Vaccine operations Central Provinces 1868-1885 - 1868-1885
Year: 1868
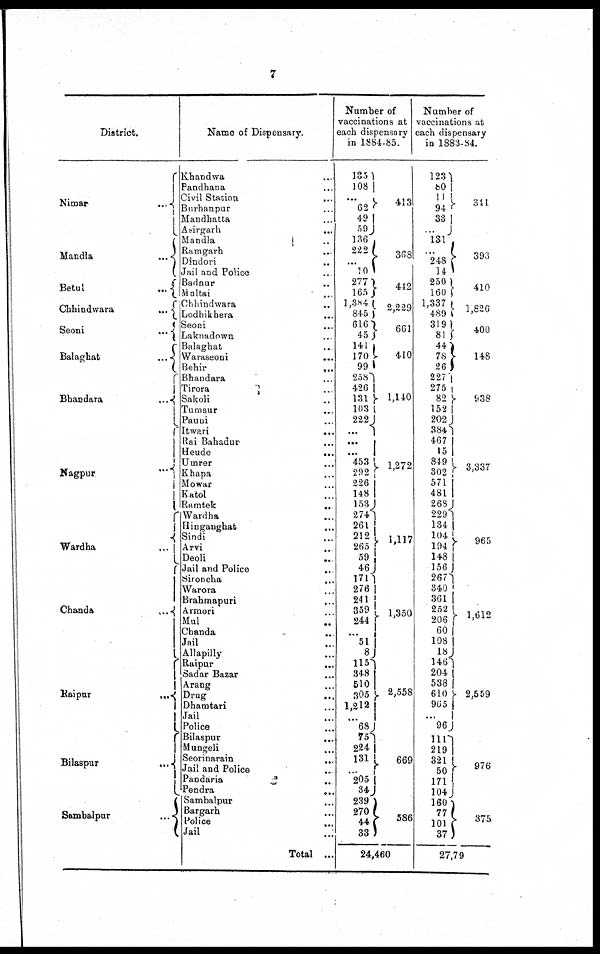
7
District.
Nimar
...
Mandla
...
Betul
...
Chhindwara
...
Seoni
...
Balaghat
...
Bhandara
...
Nagpur
...
Wardha
...
Chanda
...
Raipur
...
Bilaspur
...
Sambalpur
...
Name of Dispensary.
Khandwa ...
Pandhana ...
Civil Station ...
Burhanpur ...
Mandhatta ...
Asirgarh ...
Mandla ...
Ramgarh ...
Dindori ...
Jail and Police ...
Badnur ...
Multai
...
Chhindwara ...
Lodhikhera
...
Seoni ...
Laknadown ...
Balaghat ...
Waraseoni
...
Behir
...
Bhandara ...
Tirora ...
Sakoli ...
Tumsur ...
Pauni ...
Itwari
...
Rai Bahadur ...
Heude
...
Umrer ...
Khapa
...
Mowar ...
Katol ...
Ramtek
...
Wardha
...
Hinganghat
...
Sindi ...
Arvi ...
Deoli
...
Jail and Police ...
Sironcha
...
Warora ...
Brahmapuri
...
Armori ...
Mul ...
Chanda ...
Jail
...
Allapilly ...
Raipur
...
Sadar Bazar ...
Arang ...
Drug
...
Dhamtari ...
Jail ...
Police ...
Bilaspur
...
Mungeli ...
Seorinarain
...
Jail and Police ...
Pandaria
...
Pendra
...
Sambalpur ...
Bargarh ...
Police
...
Jail ...
Total ..
Number of
vaccinations at
each dispensary
in 1884-85.
135
108
...
62
49
59
136
222
... 10
277
165
1,384
845
616
45
141
170
99
258
426
131
103
222
...
...
...
453
292
226
148
153
274
261
212
265
59
46
171
276
241
359
244
...
51
8
115
348
510
305
1,212
...
68
75
224
131
...
205
34
239
270
44
33
413
368
412
2,229
661
410
1,140
1,272
1,117
1,350
2,558
669
586
24,460
Number of
vaccinations at
each dispensary
in 1883-84.
123
80
11
94
33
...
131
...
248 14
250
160
1,337
489
3191
81
44
78
26
227
275
82
152
202
384
467
15
849
802
571
481
268
229
134
104
194
148
156
267
340
361
252
206
60
108
18
146
204
538
610
965
...
96
111
219
321
50
171
104
160
77
101
37
311
393
410
1,826
400
148
938
3,337
965
1,612
2,559
976
375
27,79